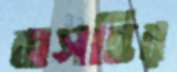
বাসন্তির